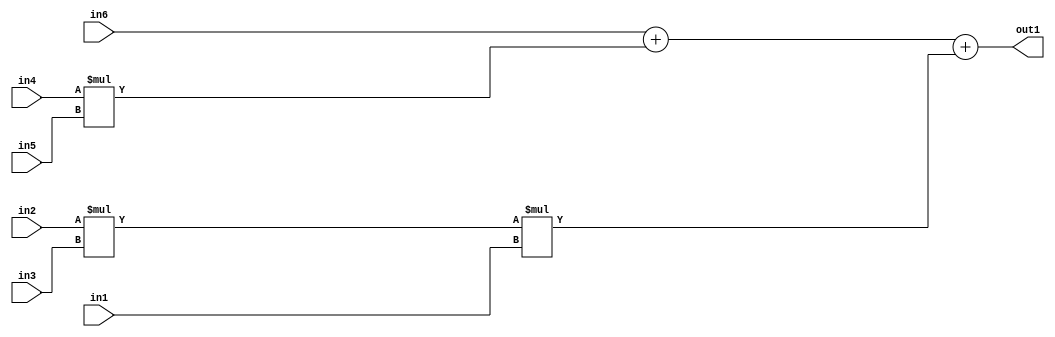
`timescale 1ps / 1ps
/*****************************************************************************
    Verilog RTL Description
    
    
    Created by: Stratus DpOpt 2019.1.01 
*******************************************************************************/

module st_weight_addr_gen_Add3Mul3u16u16u16Mul2u16u16u16_1 (
	in6,
	in5,
	in4,
	in3,
	in2,
	in1,
	out1
	); /* architecture "behavioural" */ 
input [15:0] in6,
	in5,
	in4,
	in3,
	in2,
	in1;
output [31:0] out1;
wire [31:0] asc001,
	asc002;

assign asc002 = 
	+(in2 * in3);

wire [31:0] asc001_tmp_0;
wire [31:0] asc001_tmp_1;
assign asc001_tmp_1 = 
	+(in6);
assign asc001_tmp_0 = asc001_tmp_1
	+(in4 * in5);
assign asc001 = asc001_tmp_0
	+(asc002 * in1);

assign out1 = asc001;
endmodule

/* CADENCE  v7T5Sgo= : u9/ySgnWtBlWxVPRXgAZ4Og= ** DO NOT EDIT THIS LINE ******/